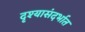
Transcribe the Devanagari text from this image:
दृश्यासंदर्भात